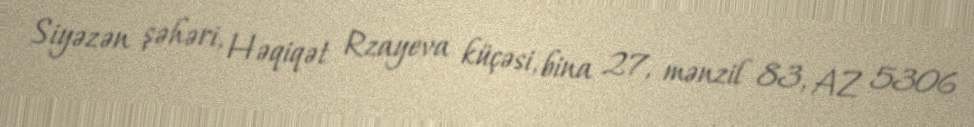
Siyəzən şəhəri, Həqiqət Rzayeva küçəsi, bina 27, mənzil 83, AZ 5306